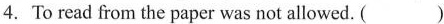
4.To read from the paper was not allowed. ( )